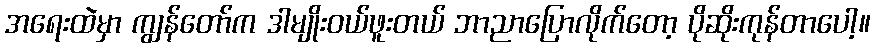
အရေးထဲမှာ ကျွန်တော်က ဒါမျိုးဝယ်ဖူးတယ် ဘာညာပြောလိုက်တော့ ပိုဆိုးကုန်တာပေါ့။